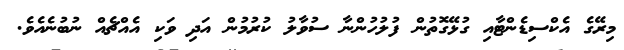
މިރޭގެ އެކްސިޑެންޓާއި ގުޅޭގޮތުން ފުލުހުންނާ ސުވާލު ކުރުމުން އަދި ވަކި އެއްޗެއް ނުބުނެއެވެ.